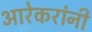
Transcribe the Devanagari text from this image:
आरेकरांनी